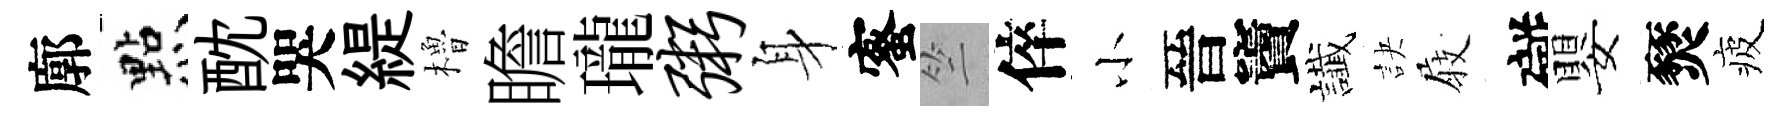
廓㸃酖哭緹櫓瞻瓏粥身蜜竺倅小晉竇䜟訣𡲆礙嬰燹疲